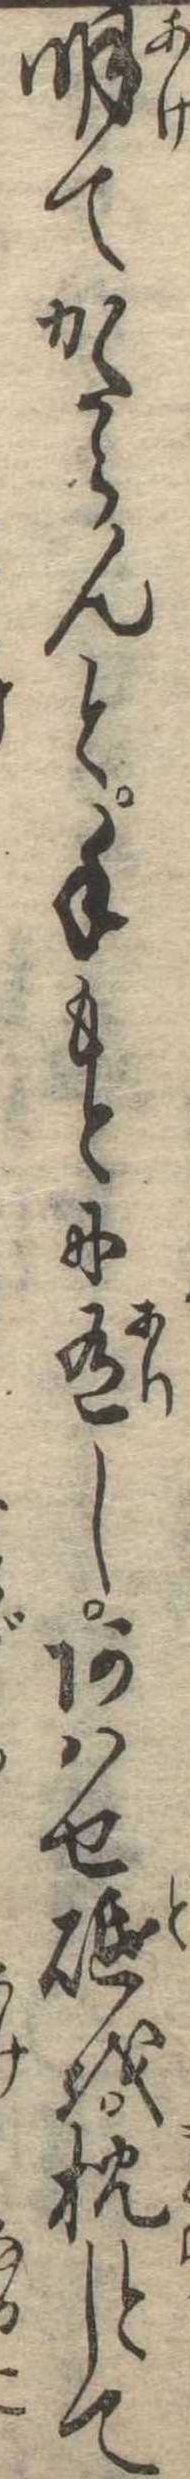
明てかたらんと手もとに有しあはせ砥を枕として